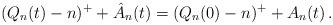
LaTeX: \begin{align*} (Q_n(t)-n)^++{\hat A}_n(t)=(Q_n(0)-n)^++A_n(t)\,.\end{align*}